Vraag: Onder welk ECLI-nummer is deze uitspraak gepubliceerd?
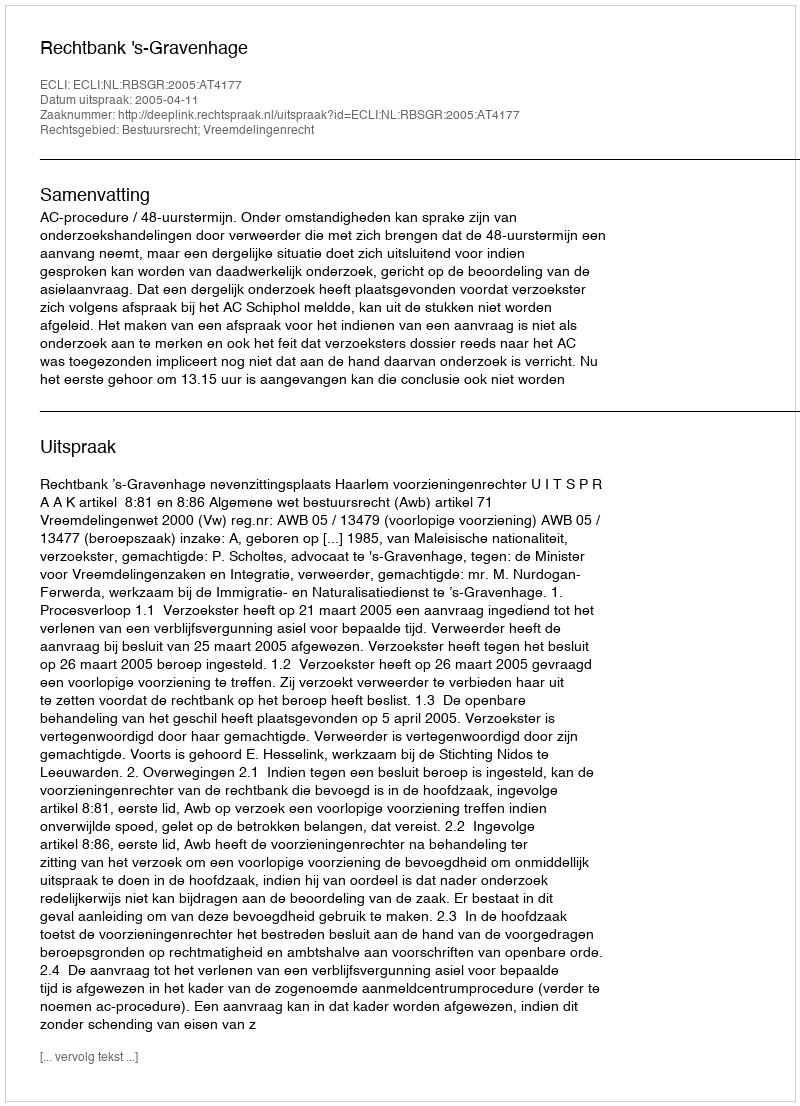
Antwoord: ECLI:NL:RBSGR:2005:AT4177